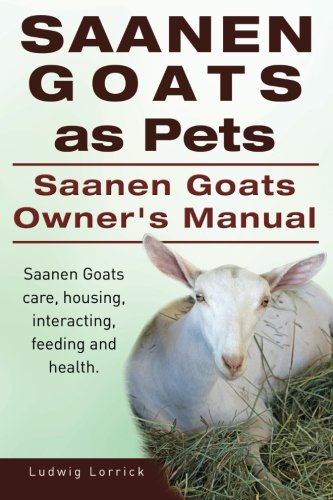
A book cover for Saanen Goats as Pets. Saanen Goats Owners Manual. Saanen Goats care, housing, interacting, feeding and health.; Ludwig Lorrick; Crafts, Hobbies & Home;